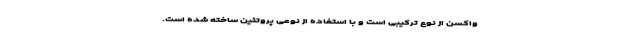
واکسن از نوع ترکیبی است و با استفاده از نوعی پروتئین ساخته شده است.